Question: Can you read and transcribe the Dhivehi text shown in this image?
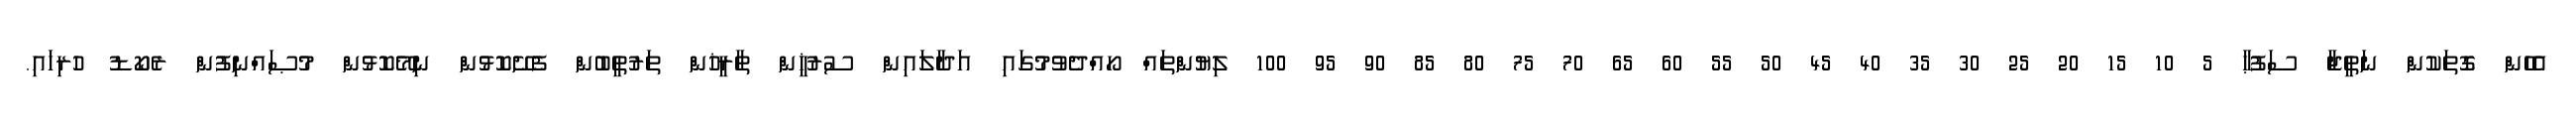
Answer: އެހެން ގޮތަކުން ނަތީޖާ ސަފުޙާ 5 10 15 20 25 30 35 40 45 50 55 60 65 70 75 80 85 90 95 100 ލިޔުންތައް ހޯއްދެވުމުގައި އަދާލައިން ސުރުޚީން ތާރީޚުން ތަރުތީބުން ފެށޭކޮޅުން ނިމޭކޮޅުން މުޞައްނިފުން ރެކޯޑު ހުރިހައި.